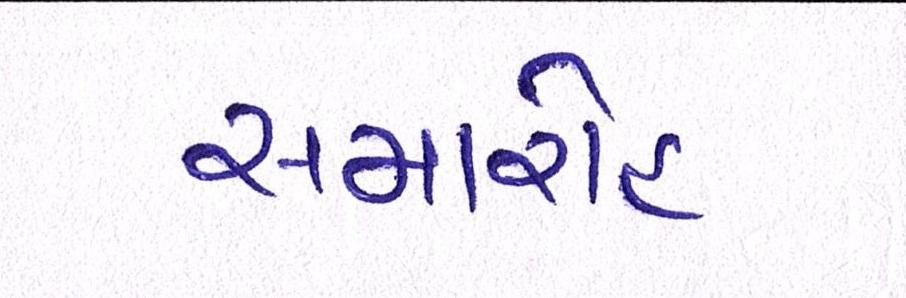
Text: સમારોહ